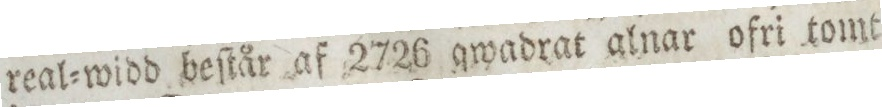
real=widd beſtår af 2726 qwadrat alnar ofri tomt